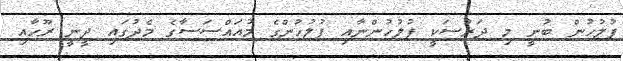
ފުލުހުން ބުނީ މި ދަރުސަކީ ފުލުހުންނާއި ފުލުހުންގެ މުއައްސަސާގެ މެދުގައި ދީނީ ރޫހާއި